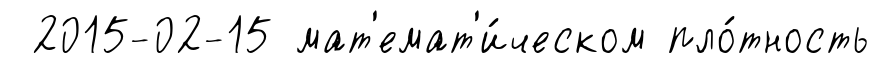
2015-02-15 мат'емат'и́ческом пло́тность